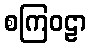
စကြဝဠာ